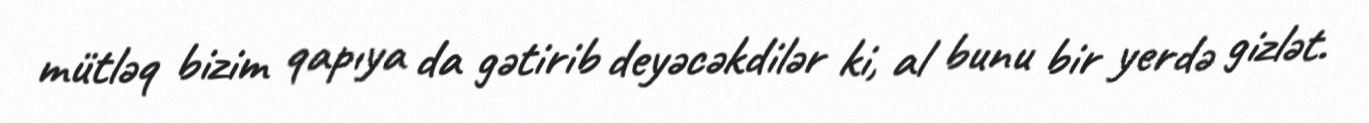
mütləq bizim qapıya da gətirib deyəcəkdilər ki, al bunu bir yerdə gizlət.